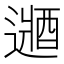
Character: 𲅳